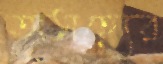
অসহ্যের